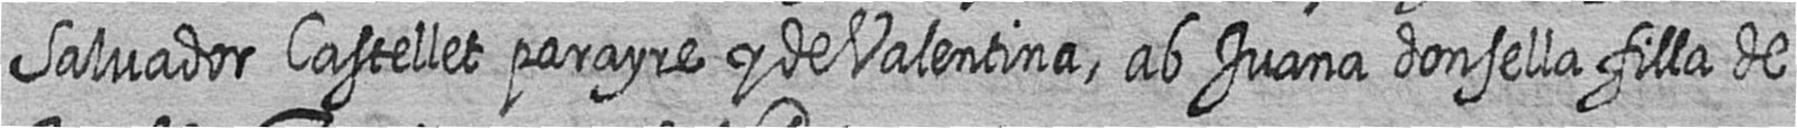
Salvador Castellet parayre y de Valentina ab Juana donsella filla de